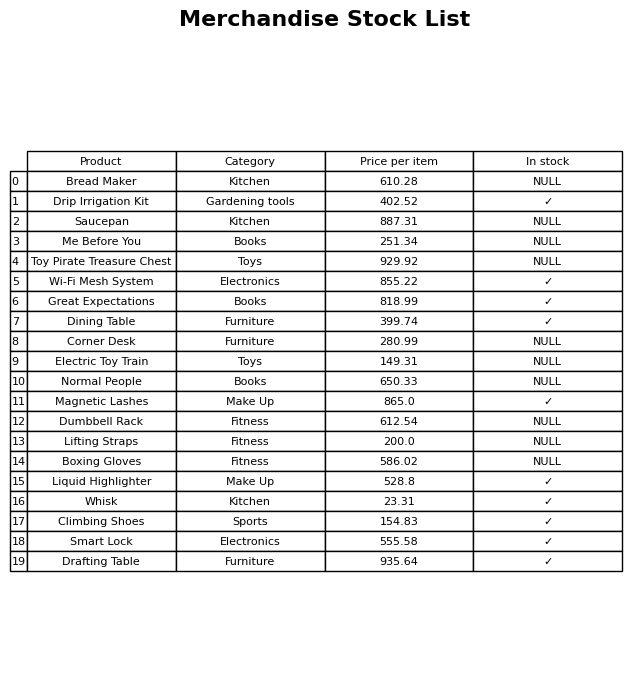
question: What is the price of the Dining Table?
answer: The price of Dining Table is 399.74.